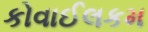
કોવાઈલકમ